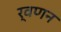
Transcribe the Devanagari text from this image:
र्वणन